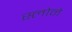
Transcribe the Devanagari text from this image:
स्‍लोने